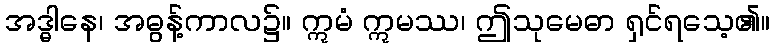
အဒ္ဓါနေ၊ အဓွန့်ကာလ၌။ ဣမံ ဣမဿ၊ ဤသုမေဓာ ရှင်ရသေ့၏။